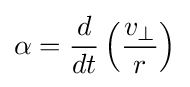
\alpha ={\frac {d}{dt}}\left({\frac {v_{\perp }}{r}}\right)